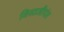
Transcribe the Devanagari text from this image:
विसाजीपंत